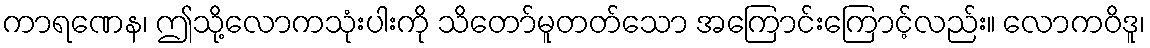
ကာရဏေန၊ ဤသို့လောကသုံးပါးကို သိတော်မူတတ်သော အကြောင်းကြောင့်လည်း။ လောကဝိဒူ၊